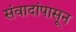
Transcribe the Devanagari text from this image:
संवादांपासून